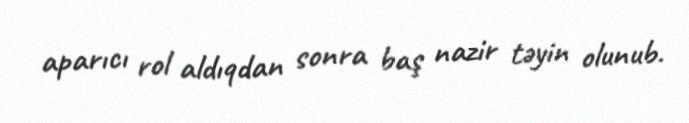
aparıcı rol aldıqdan sonra baş nazir təyin olunub.